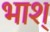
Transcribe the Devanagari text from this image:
भाश्